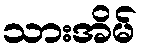
သားအိမ်